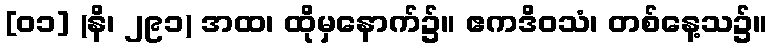
[၀၁] (နိ၊ ၂၉၁) အထ၊ ထိုမှနောက်၌။ ဧကဒိဝသံ၊ တစ်နေ့သ၌။